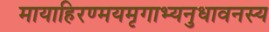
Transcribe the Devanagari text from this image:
मायाहिरण्मयमृगाभ्यनुधावनस्य